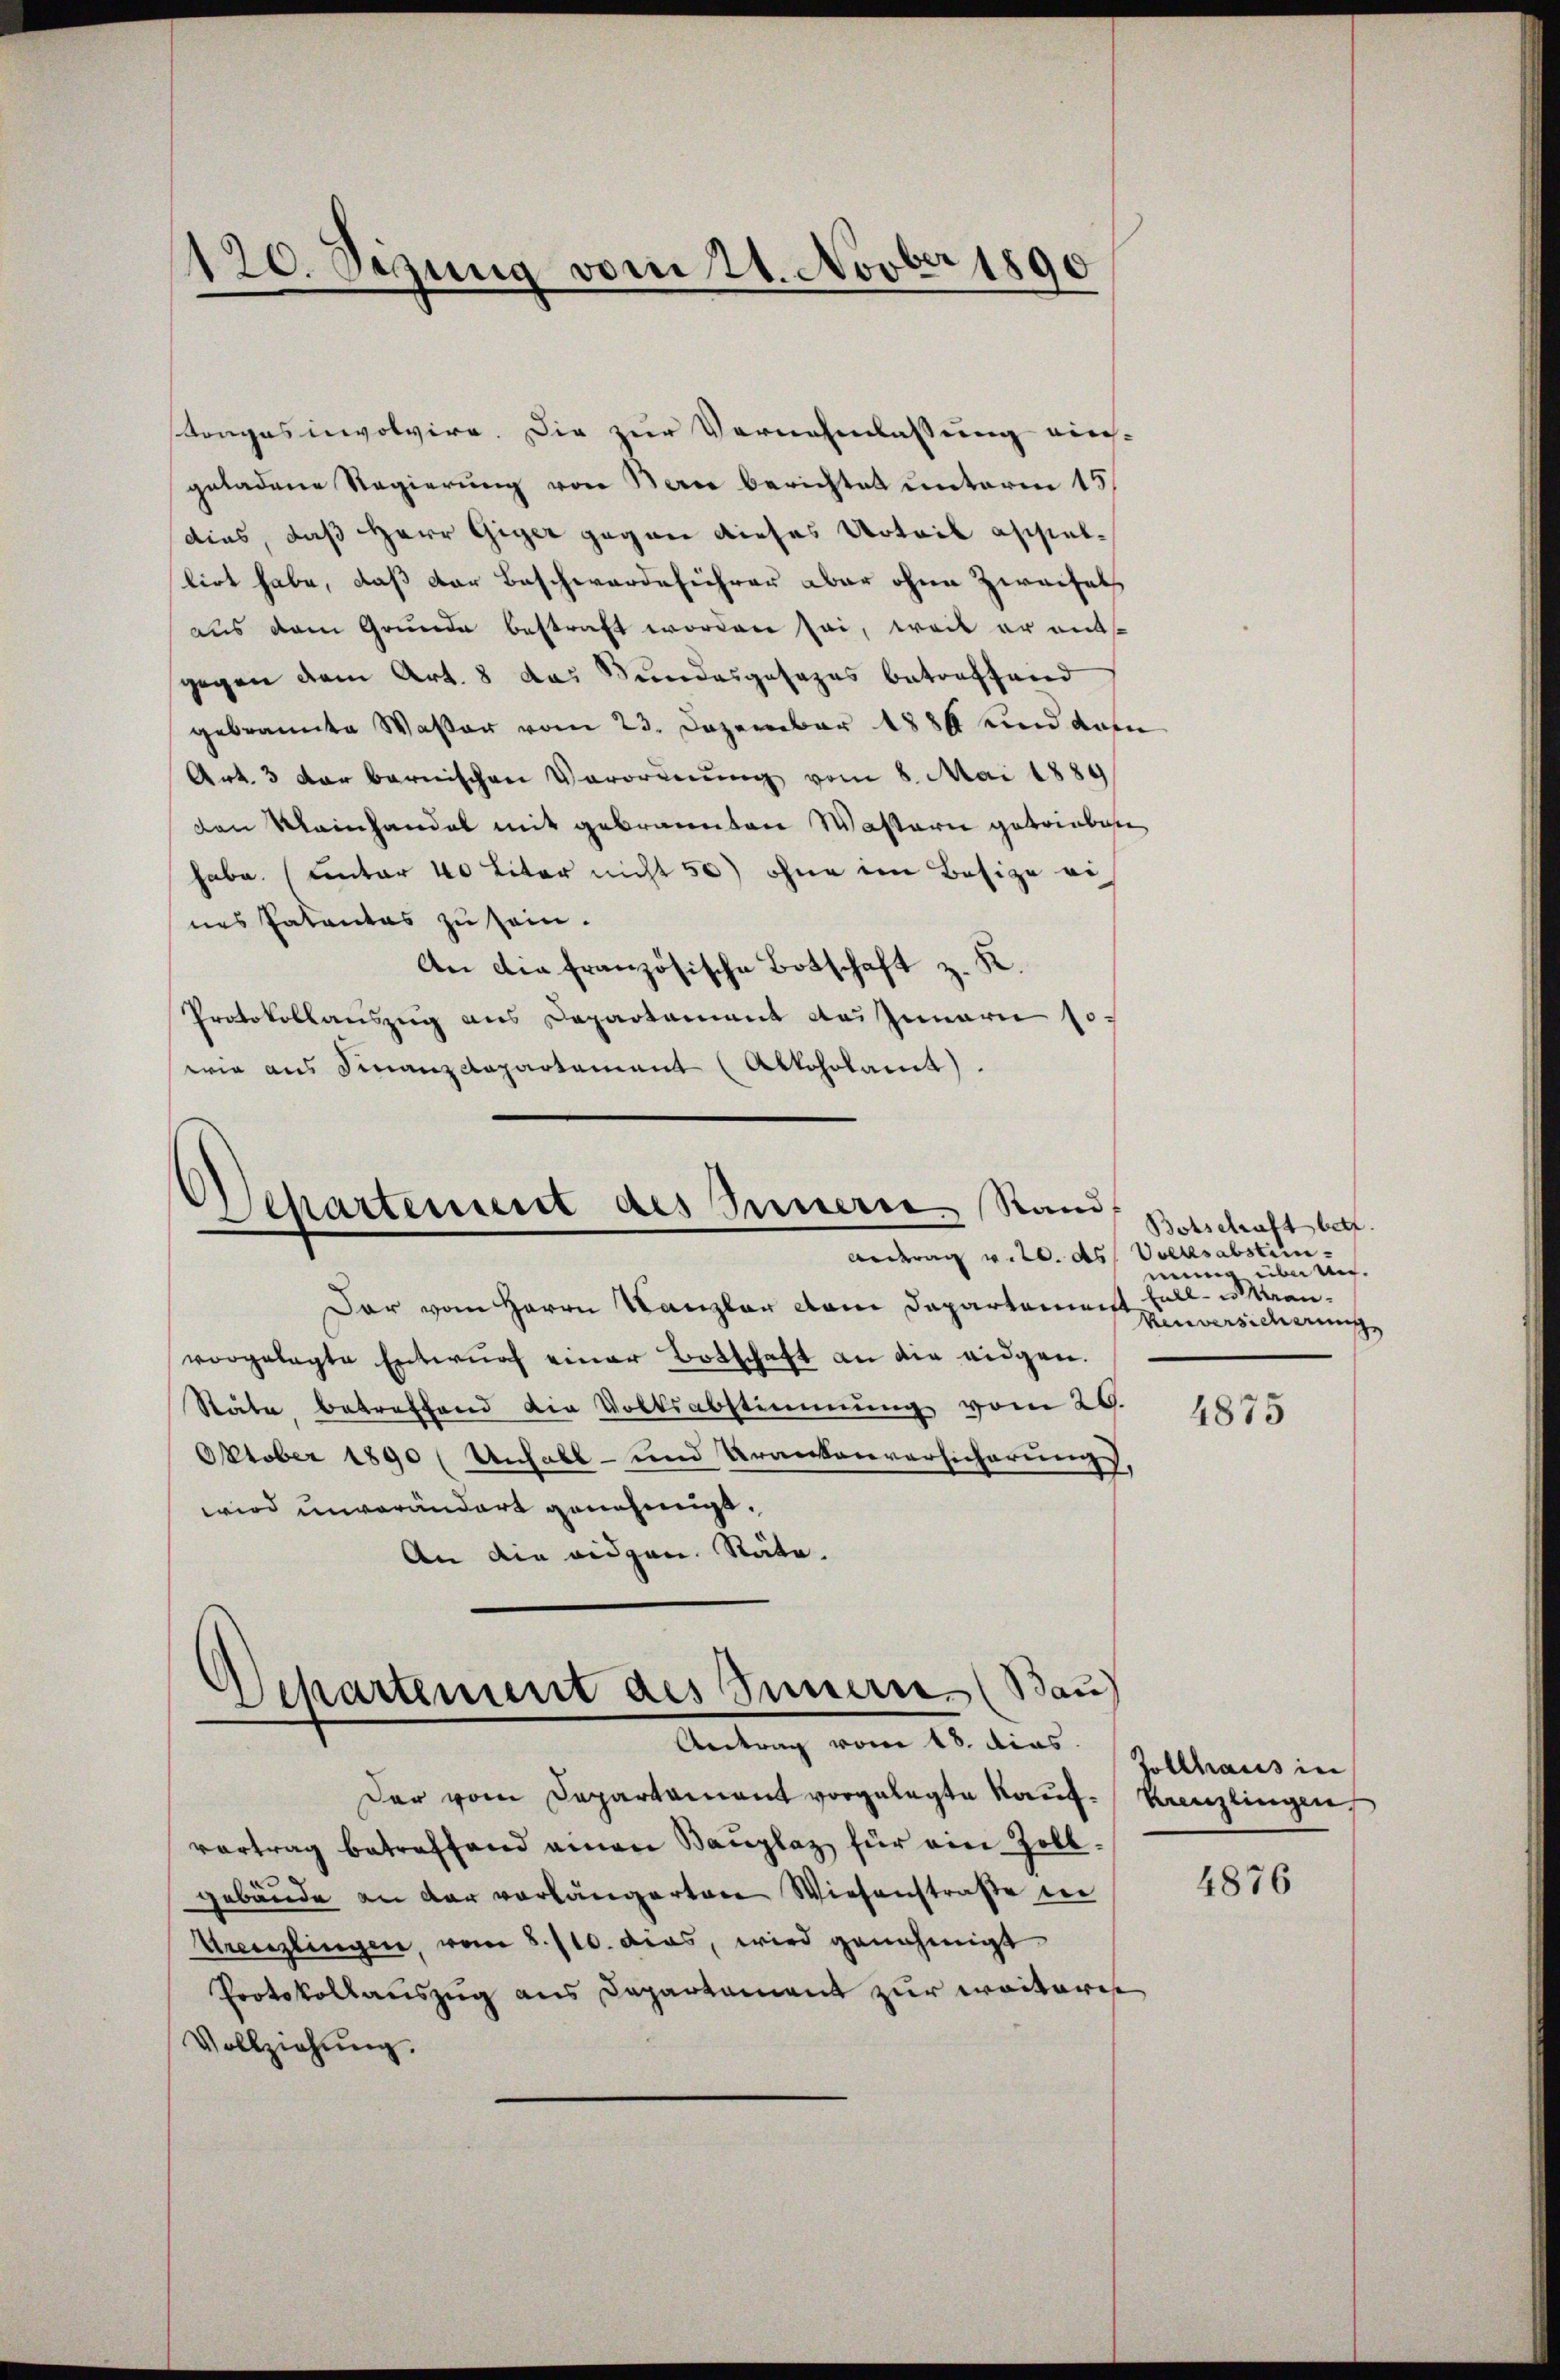
120. Sezung vom 24. Novber 1890

Krages involvire. Die zur Vernehmlassung eins-
geladene Regierung von Berne berichtet unterm 15
dius, daß Herr Giger gegen dieses Urteil assiellirt habe, daß der Beschwerdeführer aber ohne Zweifels
aus dem Grunde bestraft worden sei, weil er entgegen dem Art. 8 das Bundesgesezes betreffend
gebrannte Wasser vom 23. Dezember 1886 und dann
Art. 3 der bernischen Verordnung vom 8. Mai 1889
den Kleinhandel mit gebrannten Wastern getrieben
habe. (unter 40 Liter nicht 50) ohne im Besize eines Patentes zu sein.
An die französische Botschaft z. K.
Protokollauszug aus Departement des Innern so-
wie aus Finanzdepartement (Alkoholamt).

Departement des Innere Stand
Antrag v. 20. ds Volksabstein

Dar vom Herrn Kanzler vom Departement soll. u. Manvorgelegte Entwŭrf einer Botschaft an die eidgen.
Stäte betreffend die Volksabstimmung vom 26.
Oktober 1890 ( Unhall- und Krankenversicherung,
wird unverändert genehmigt.
An die eidgen. Räte.
Der vom Departament vorgelegte Kauf-Kanzlingen,
vortrag betreffend einen Bauplaz, für ein Zollgebäude an der vorlängerten Wiesenstraße in
Kreuzlingen, vom 8./10. das, wird genehmigt
Protokollauszug aus Capartament zur weitere
Vollziehung.

Departement des Innern (Bau
Antrag vom 18. dies

Botschaft betr.
nun übermei¬
Menversicherung

4875

Zollhaus in

4876